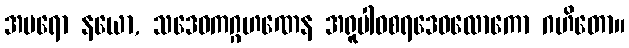
အပရော နယော, သဒေဝကဂ္ဂဟဏေန အရူပါဝစရဒေဝလောကော ဂဟိတော။